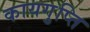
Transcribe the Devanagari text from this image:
कायगुप्ति